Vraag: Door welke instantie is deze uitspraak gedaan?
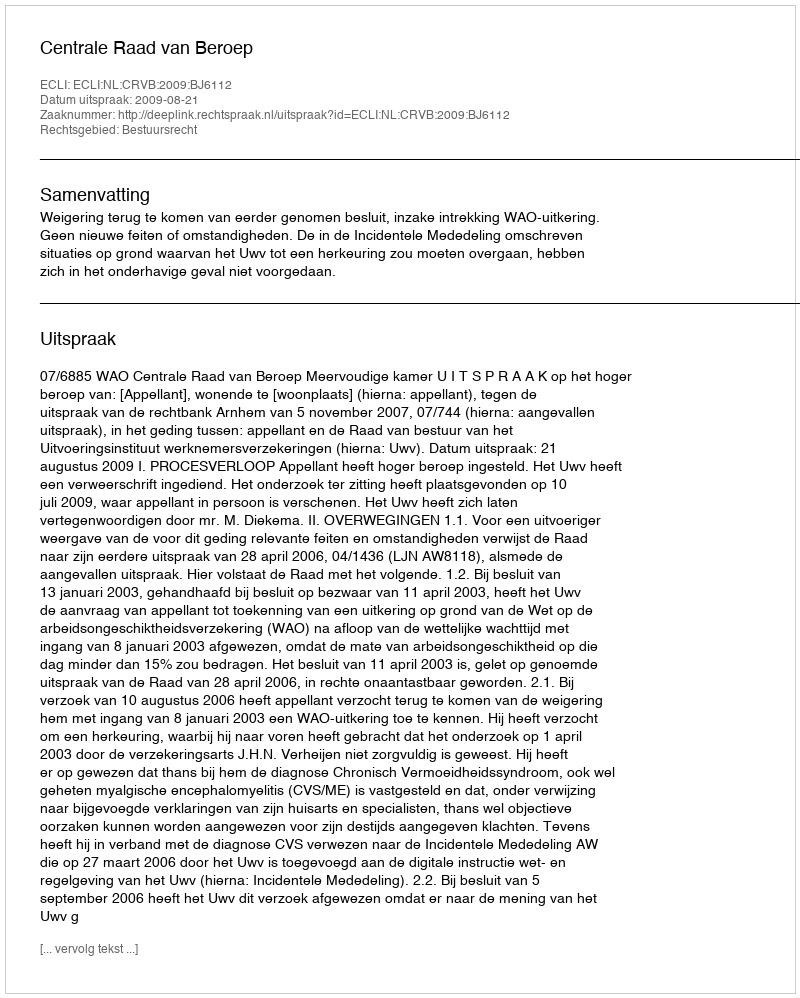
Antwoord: Centrale Raad van Beroep